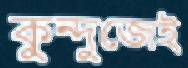
কুন্দুজেই